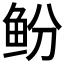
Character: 𫚍